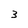
Character: 3